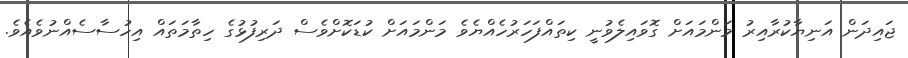
ޖައިދަން އަނިޔާކުރާއިރު މަންމައަށް ގޮވައިލެވުނީ ކިތައްފަހަރުހެއްޔެވެ މަންމައަށް ކުޑަކޮށްވެސް ދަރިފުޅުގެ ހިތާމަތައް އިހުސާސެއްނުވެއެވެ.